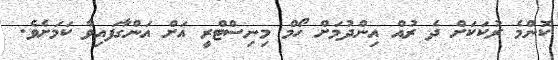
ކޮންމެ ރުކަކަށް ދެ ރުއް އިންދުމަށް ހޯމް މިނިސްޓްރީ އަށް އަންގާފައިވާ ކަމަށެވެ.